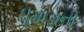
ધૂમાડાની